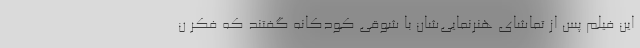
این فیلم پس از تماشای هنرنمایی‌شان با شوقی کودکانه گفتند که فکر ن